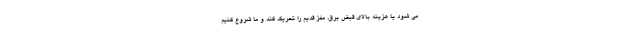
می شود یا هزینه بالای قبض برق، مغز قدیم را تحریک کند و ما شروع کنیم